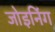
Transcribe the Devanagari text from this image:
जोइनिंग